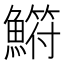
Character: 𫙳